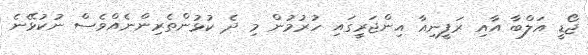
ޖޯޑީ އަލްބާ އާއި ރަފީނިއާ އިންޖަރީގައި ހުރުމުން މި ދެ ކުޅުންތެރިންނެއްވެސް ނުކުޅޭނެ